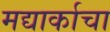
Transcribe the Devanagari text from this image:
मद्यार्काचा